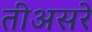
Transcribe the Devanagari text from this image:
तीअसरे